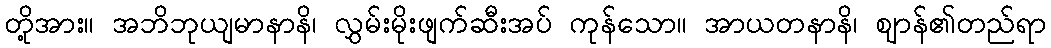
တို့အား။ အဘိဘုယျမာနာနိ၊ လွှမ်းမိုးဖျက်ဆီးအပ် ကုန်သော။ အာယတနာနိ၊ ဈာန်၏တည်ရာ